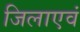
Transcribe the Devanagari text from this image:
जिलाएवं